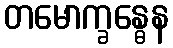
တမောက္ခန္ဓေန